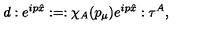
d : e ^ { i p \hat { x } } : = : \chi _ { A } ( p _ { \mu } ) e ^ { i p \hat { x } } : \tau ^ { A } ,